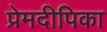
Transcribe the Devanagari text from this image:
प्रेमदीपिका